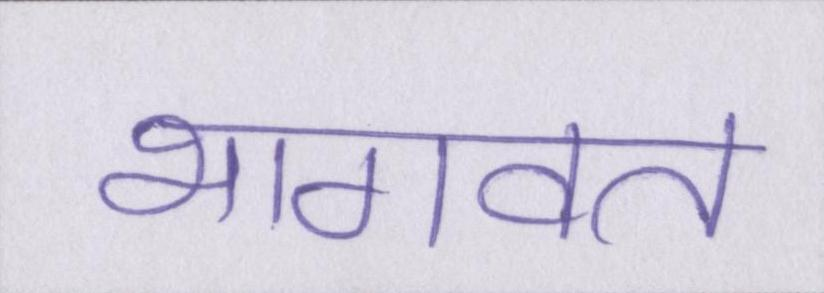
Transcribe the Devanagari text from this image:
भागवत